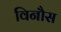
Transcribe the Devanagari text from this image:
विनौस